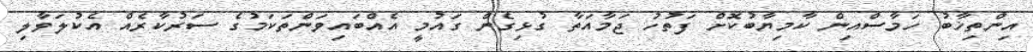
އިންތިޚާބު ހަމާސްއިން ކާމިޔާބުކޮށް ފަތުހު ޖަމާއަތާ ގުޅިގެން ގައުމީ އެއްބައިވަންތަކަމުގެ ސަރުކާރެއް އެކުލަވާލި